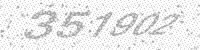
Solution: 351902